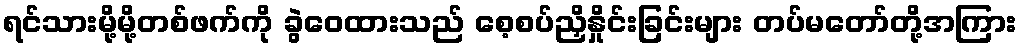
ရင်သားမို့မို့တစ်ဖက်ကို ခွဲဝေထားသည် စေ့စပ်ညှိနှိုင်းခြင်းများ တပ်မတော်တို့အကြား